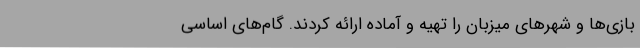
بازی‌ها و شهرهای میزبان را تهیه و آماده ارائه کردند. گام‌های اساسی